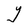
Character: Y